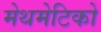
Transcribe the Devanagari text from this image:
मेथमेटिको